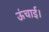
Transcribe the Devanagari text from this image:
ऊंचाई।